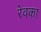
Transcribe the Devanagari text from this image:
रेवका